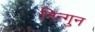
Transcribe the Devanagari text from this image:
निन्गुन